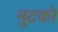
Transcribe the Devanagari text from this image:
मुटको